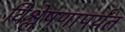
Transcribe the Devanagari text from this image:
विश्लेषणापर्यंत